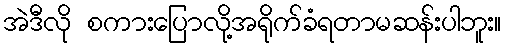
အဲဒီလို စကားပြောလို့အရိုက်ခံရတာမဆန်းပါဘူး။